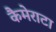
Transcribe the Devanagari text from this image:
कैमेराटा